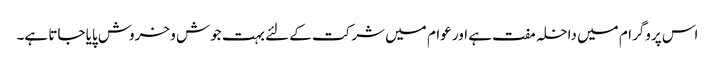
اس پروگرام میں داخلہ مفت ہے اور عوام میں شرکت کے لئے بہت جوش و خروش پایا جاتا ہے۔